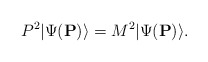
\begin{align*} P^2|\Psi({\bf P}) \rangle =M^2|\Psi({\bf P}) \rangle.\end{align*}